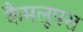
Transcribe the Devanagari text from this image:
कैमलूपस